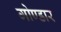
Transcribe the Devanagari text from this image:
गोण्डार